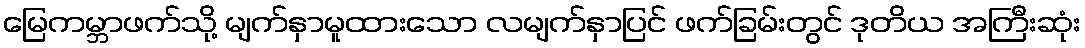
မြေကမ္ဘာဖက်သို့ မျက်နှာမူထားသော လမျက်နှာပြင် ဖက်ခြမ်းတွင် ဒုတိယ အကြီးဆုံး